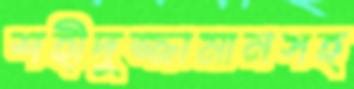
শহীদুজ্জামানসহ